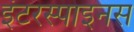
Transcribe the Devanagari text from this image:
इंटरस्पाइनस